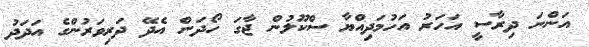
އަންނަ ދިރާސީ އަހަރު އަހުމަދިއްޔާ ސްކޫލުން ޖާގަ ހޯދަން އެދޭ ދަރިވަރުންގެ އަދަދު